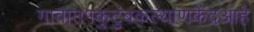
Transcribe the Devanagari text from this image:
गावात१कुटुंबकल्याणकेंद्रआहे